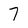
Character: 7